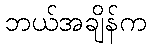
ဘယ်အချိန်က